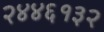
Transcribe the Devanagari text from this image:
२४४६१३२